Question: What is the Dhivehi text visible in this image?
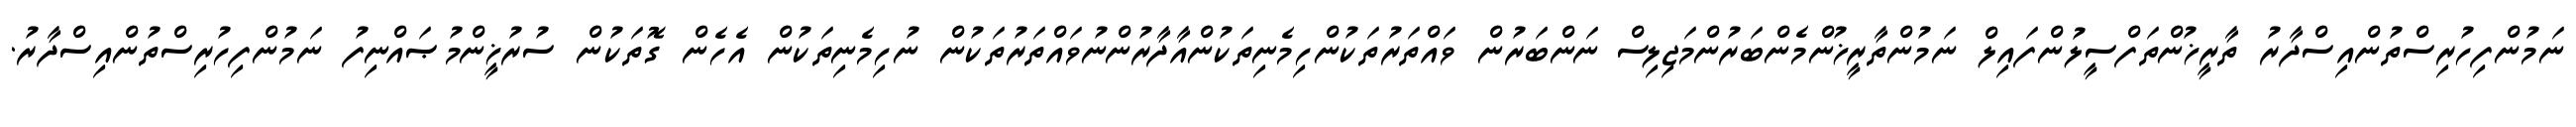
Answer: ނަމުންފިހުރިސްތުންއިސްދާރު ތާރީޚުންތަފްސީލުންފައިލް ނަމުންތާރީޚުންމެންބަރުންމަޖިލިސް ނަންބަރުން ވައްތަރުތަކުންހިމެނިތަކުންއާދާރުންނުވައްތަރުތަކުން ނުހިމެނިތަކުން އެހެން ގޮތަކުން ސުރުޚީންމުޞައްނިފު ނަމުންފިހުރިސްތުންއިސްދާރު.